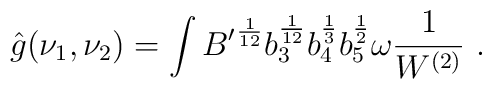
\hat g(\nu_1,\nu_2)= \int{B'}^{1\over 12}b_3^{1\over 12}b_4^{1\over 3}b_5^{1\over2}\omega\frac{1}{W^{(2)}}   \ .